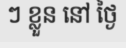
ៗ ខ្លួន នៅ ថ្ងៃ